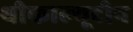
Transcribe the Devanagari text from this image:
थीकाल्यूटीन